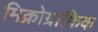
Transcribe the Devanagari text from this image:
मिक्रोग्राफ़िक